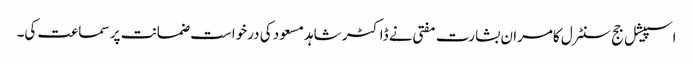
اسپیشل جج سنٹرل کامران بشارت مفتی نے ڈاکٹر شاہد مسعود کی درخواست ضمانت پر سماعت کی۔